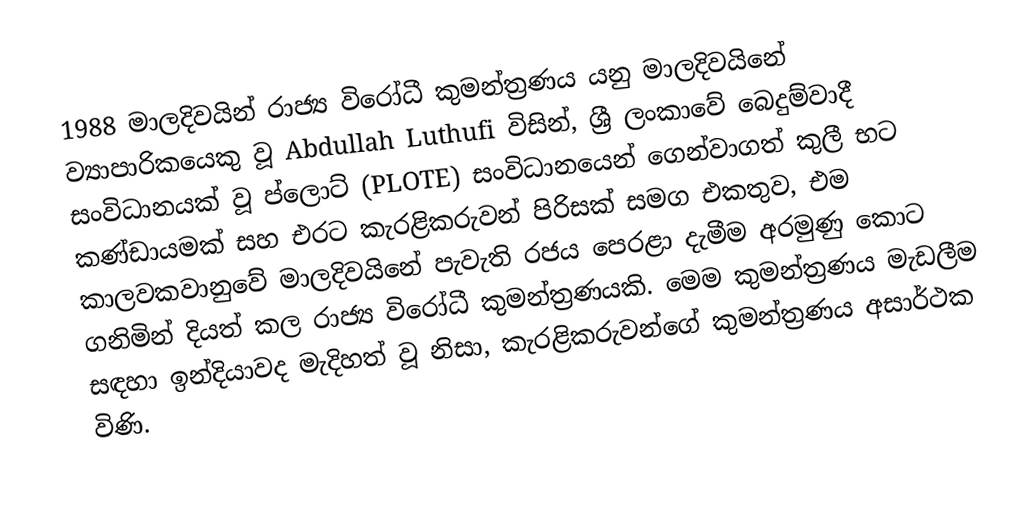
1988 මාලදිවයින් රාජ්‍ය විරෝධී කුමන්ත්‍රණය යනු මාලදිවයිනේ ව්‍යාපාරිකයෙකු වූ Abdullah Luthufi විසින්, ශ්‍රී ලංකාවේ බෙදුම්වාදී සංවිධානයක් වූ ප්ලොට් (PLOTE) සංවිධානයෙන් ගෙන්වාගත් කුලී භට කණ්ඩායමක් සහ එරට කැරළිකරුවන් පිරිසක් සමග එකතුව, එම කාලවකවානුවේ මාලදිවයිනේ පැවැති රජය පෙරළා දැමීම අරමුණු කොට ගනිමින් දියත් කල රාජ්‍ය විරෝධී කුමන්ත්‍රණයකි. මෙම කුමන්ත්‍රණය මැඩලීම සඳහා ඉන්දියාවද මැදිහත් වූ නිසා, කැරළිකරුවන්ගේ කුමන්ත්‍රණය අසාර්ථක විණි.